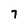
Character: 7